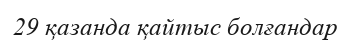
29 қазанда қайтыс болғандар